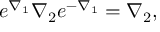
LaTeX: e ^ { \nabla _ { 1 } } \nabla _ { 2 } e ^ { - \nabla _ { 1 } } = \nabla _ { 2 } ,